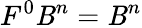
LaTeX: F^{0}\mathit{B}^{n}=\mathit{B}^{n}